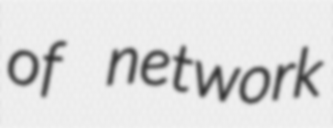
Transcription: of network